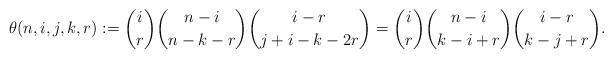
LaTeX: \begin{align*} \theta(n,i,j,k,r):=\binom{i}{r}\binom{n-i}{n-k-r}\binom{i-r}{j+i-k-2r}=\binom{i}{r}\binom{n-i}{k-i+r}\binom{i-r}{k-j+r}.\end{align*}